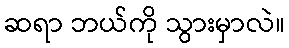
ဆရာ ဘယ်ကို သွားမှာလဲ။